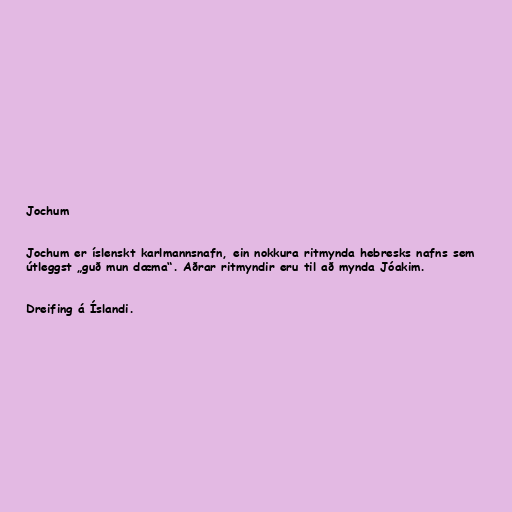
Jochum

Jochum er íslenskt karlmannsnafn, ein nokkura ritmynda hebresks nafns sem
útleggst „guð mun dæma“. Aðrar ritmyndir eru til að mynda Jóakim.

Dreifing á Íslandi.